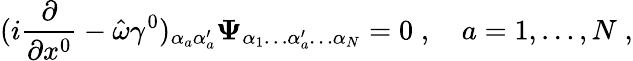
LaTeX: (i{\frac{\partial}{\partial x^{0}}}-\hat{\omega}\gamma^{0})_{\alpha_{a}\alpha_{a}^{\prime}}{\mathbf\Psi}_{\alpha_{1}\ldots\alpha_{a}^{\prime}\ldots\alpha_{N}}=0\; ,\quad a=1,\ldots,N\; ,